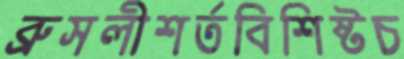
ব্রুসলীশর্তবিশিষ্টচ